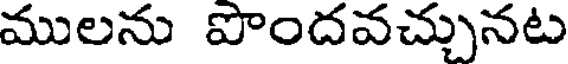
ములను పొందవచ్చునట